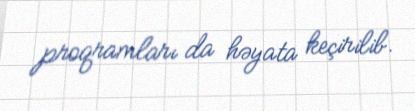
proqramları da həyata keçirilib.